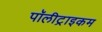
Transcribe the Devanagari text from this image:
पॉलीट्राइकम